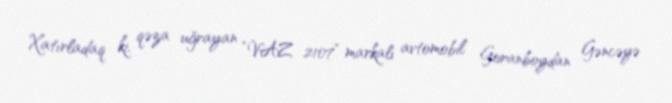
Xatırladaq ki, qəza uğrayan “VAZ 2107” markalı avtomobil Goranboydan Gəncəyə